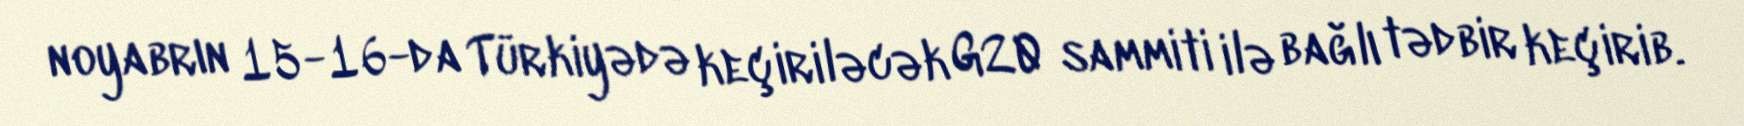
noyabrın 15-16-da Türkiyədə keçiriləcək G20 sammiti ilə bağlı tədbir keçirib.